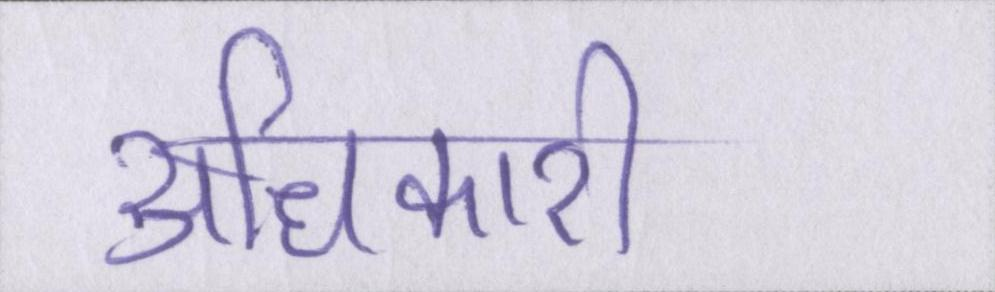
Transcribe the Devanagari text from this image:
अधिकारी